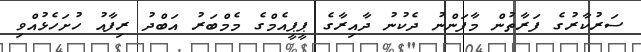
ސަރުކާރުގެ ފަރާތުން މާފަންނު ދެކުނު ދާއިރާގެ ޕީޕީއެމްގެ މެމްބަރު އަބްދު ރިފާއު ހުށަހެޅުއްވި